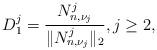
LaTeX: \begin{align*}D_1^j = \frac{N_{n,\nu_j}^j }{\| N_{n,\nu_j}^j \|_2 },j\geq 2,\end{align*}